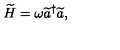
\widetilde { H } = \omega \widetilde { a } ^ { \dagger } \widetilde { a } ,